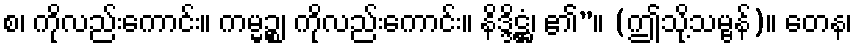
စ၊ ကိုလည်းကောင်း။ ကမ္မဉ္စ၊ ကိုလည်းကောင်း။ နိဒ္ဒိဋ္ဌံ၊ ၏”။ (ဤသို့သမ္ဗန်)။ တေန၊